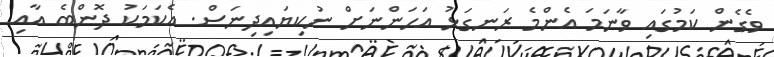
ވެގެން ކަމުގައި ވާނަމަ އެންމެ ރަނގަޅު އަހަންނަށް ނުކިޔައިދިނަސް. އެކަމަކު ދޮންބެ އާއި